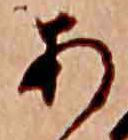
あ